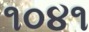
૧૦૪૧